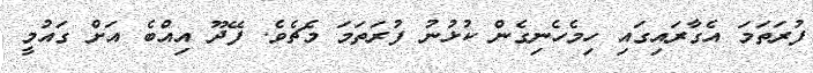
ފުރަތަމަ އެގާރައިގައި ހިމެހެނިގެން ކުޅުނު ފުރަތަމަ މެޗެވެ. ފޭދޫ އިއްބެ އަށް ގައުމީ